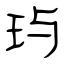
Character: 玙